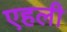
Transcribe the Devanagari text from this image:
एहली